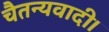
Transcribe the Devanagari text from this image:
चैतन्यवादी।